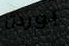
بوردن